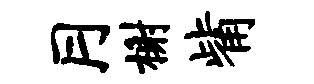
月榭觜